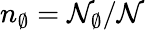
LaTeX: n_{\emptyset}=\mathcal{N}_{\emptyset}/\mathcal{N}